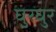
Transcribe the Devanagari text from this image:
घुरघुर